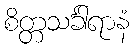
စိတ္တသင်္ခါရာနံ